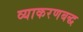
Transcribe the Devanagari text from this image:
व्याकरणबद्ध